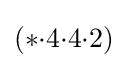
(*{\cdot }4{\cdot }4{\cdot }2)